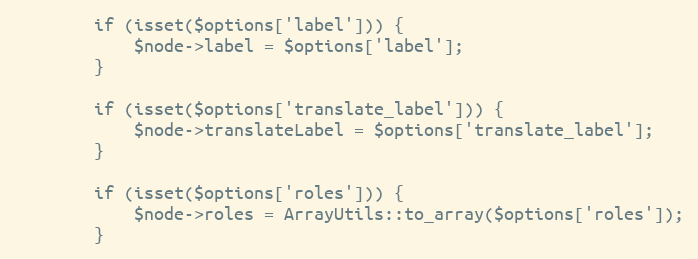
Language: PHP
        if (isset($options['label'])) {
            $node->label = $options['label'];
        }

        if (isset($options['translate_label'])) {
            $node->translateLabel = $options['translate_label'];
        }

        if (isset($options['roles'])) {
            $node->roles = ArrayUtils::to_array($options['roles']);
        }